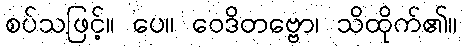
စပ်သဖြင့်။ ပေ။ ဝေဒိတဗ္ဗော၊ သိထိုက်၏။